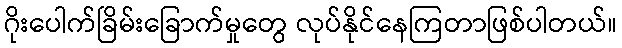
ဂိုးပေါက်ခြိမ်းခြောက်မှုတွေ လုပ်နိုင်နေကြတာဖြစ်ပါတယ်။